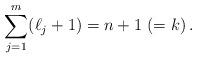
LaTeX: \begin{align*}\sum_{j=1}^m(\ell_j+1)=n+1~(=k)\,.\end{align*}